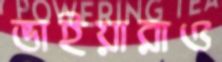
ভাইয়ারাও